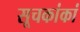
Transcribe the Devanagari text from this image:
सूचकांकां